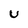
Character: U